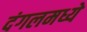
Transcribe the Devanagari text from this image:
दंगलमध्ये